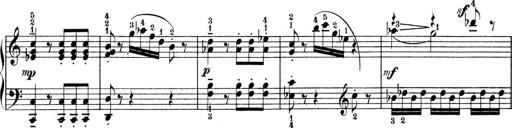
Title: 9 Sonatinen
Composer: Alexander Winterberger